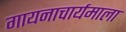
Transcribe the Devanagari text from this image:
गायनाचार्यमाला